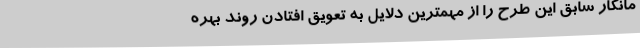
مانکار سابق این طرح را از مهمترین دلایل به تعویق افتادن روند بهره